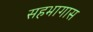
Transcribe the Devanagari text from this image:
सहभागास